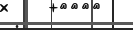
: